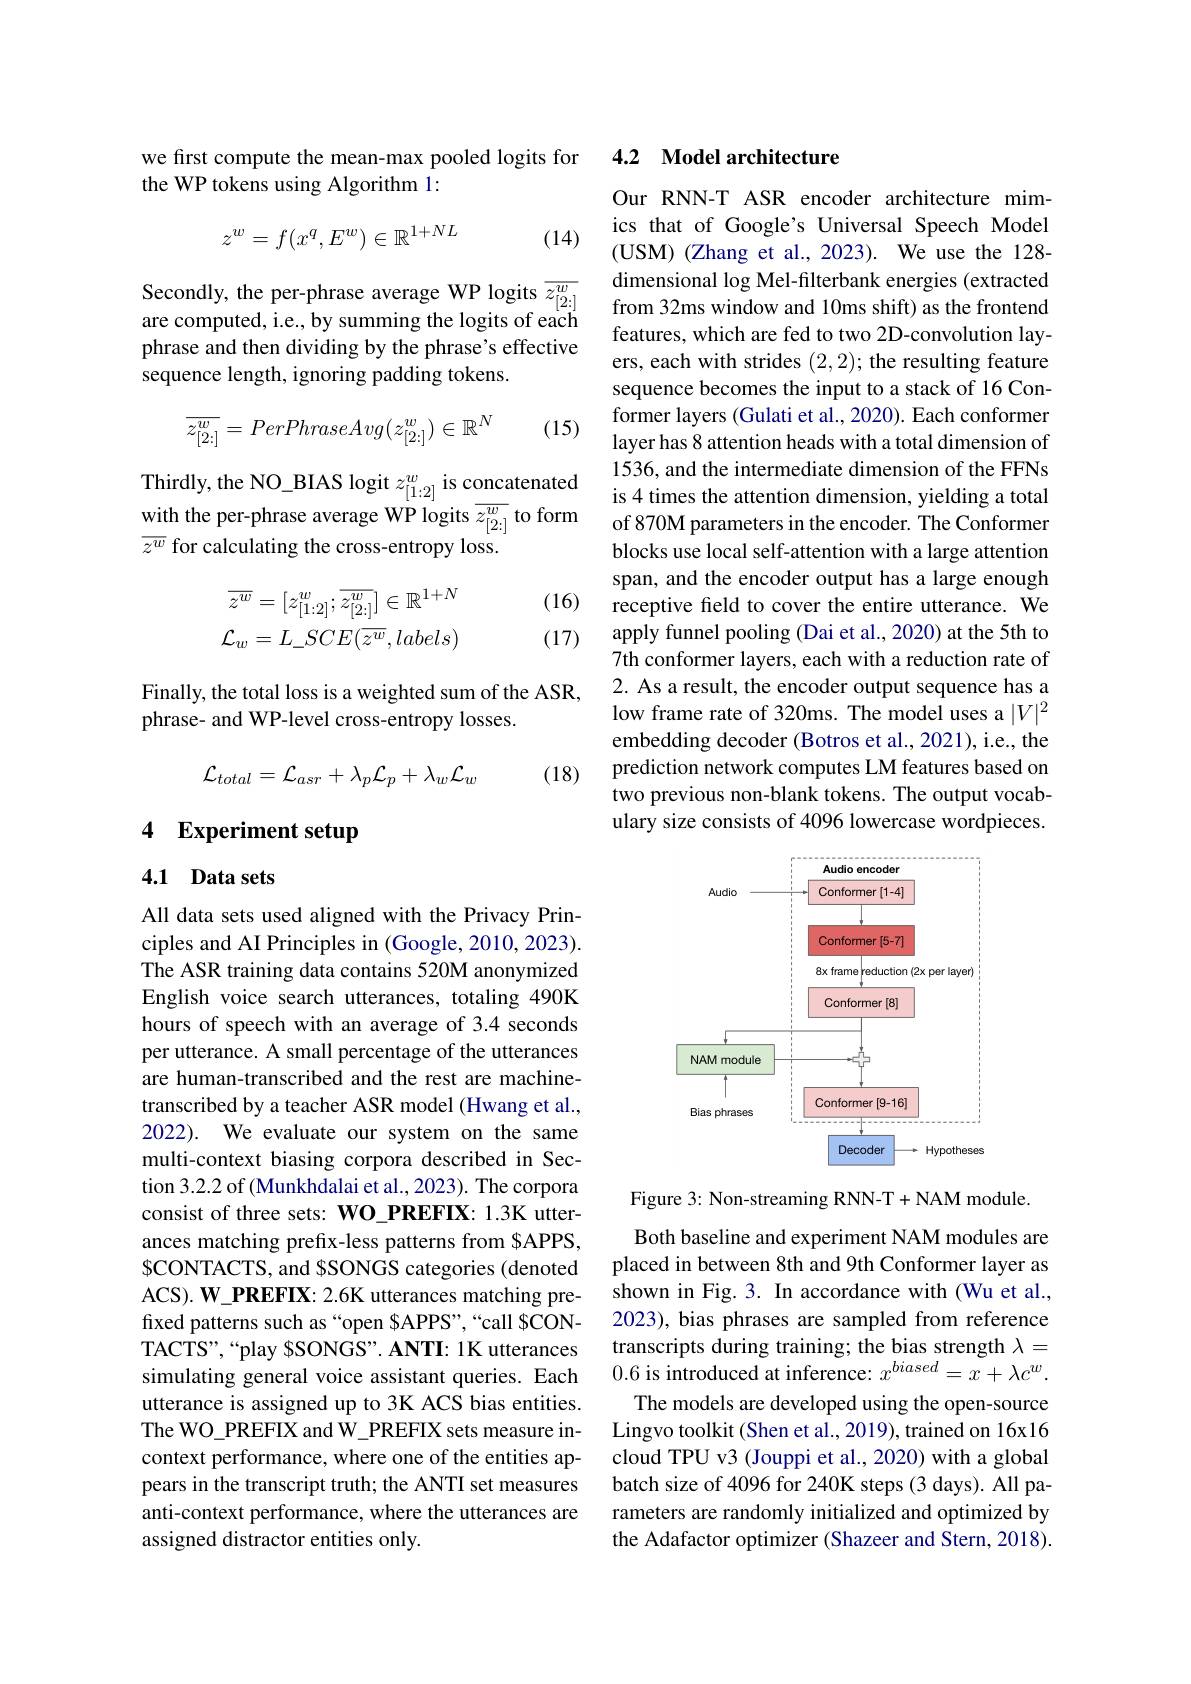
we first compute the mean-max pooled logits for
the WP tokens using Algorithm 1:
$$z^w=f(x^q,E^w)\in\mathbb{R}^{1+NL}$$
(14)

Secondly, the per-phrase average WP logits $\overline{z_{[2:]}^w}$ are computed, i.e., by summing the logits of each phrase and then dividing by the phrase's effective sequence length, ignoring padding tokens.
$$\overline{z_{[2:]}^w}=PerPhraseAvg(z_{[2:]}^w)\in\mathbb{R}^N$$
(15)

Thirdly, the NO\_BIAS logit $z_[1:2]^w$ is concatenated with the per-phrase average WP logits $\overline z_{[2:]}^w$ to form $\overline{z^w}$ for calculating the cross-entropy loss.

(16)
$$\begin{aligned}\overline{z^w}&=[z_{[1:2]}^w;\overline{z_{[2:]}^w}]\in\mathbb{R}^{1+N}\\\mathcal{L}_w&=L_SCE(\overline{z^w},labels)\end{aligned}$$
(17)

Finally, the total loss is a weighted sum of the ASR,
phrase- and WP-level cross-entropy losses.

(18)
$$\mathcal{L}_{total}=\mathcal{L}_{asr}+\lambda_{p}\mathcal{L}_{p}+\lambda_{w}\mathcal{L}_{w}$$
# 4 Experiment setup

## 4.1 Data sets

All data sets used aligned with the Privacy Principles and AI Principles in (Google, 2010, 2023). The ASR training data contains 520M anonymized English voice search utterances, totaling 490K hours of speech with an average of 3.4 seconds per utterance. A small percentage of the utterances are human-transcribed and the rest are machinetranscribed by a teacher ASR model (Hwang et al., 2022). We evaluate our system on the same multi-context biasing corpora described in Section 3.2.2 of (Munkhdalai et al., 2023). The corpora consist of three sets: WO\_PREFIX: 1.3K utterances matching prefix-less patterns from $APPS, $\$$CONTACTS, and $SONGS categories(denoted ACS). W\_PREFIX: 2.6K utterances matching prefixed patterns such as “open $APPS”,“call $CONTACTS",“play $SONGS”. ANTI: 1K utterances simulating general voice assistant queries. Each utterance is assigned up to 3K ACS bias entities. The WO\_PREFIX and W\_PREFIX sets measure incontext performance, where one of the entities appears in the transcript truth; the ANTI set measures anti-context performance, where the utterances are assigned distractor entities only.

## 4.2 Model architecture

Our RNN-T ASR encoder architecture mimics that of Google's Universal Speech Model (USM) (Zhang et al., 2023). We use the 128- dimensional log Mel-filterbank energies (extracted from 32ms window and 10ms shift) as the frontend features, which are fed to two 2D-convolution layers, each with strides (2,2); the resulting feature sequence becomes the input to a stack of 16 Conformer layers (Gulati et al., 2020). Each conformer layer has 8 attention heads with a total dimension of 1536, and the intermediate dimension of the FFNs is 4 times the attention dimension, yielding a total of 870M parameters in the encoder. The Conformer blocks use local self-attention with a large attention span, and the encoder output has a large enough receptive feld to cover the entire utterance. We apply funnel pooling (Dai et al., 2020) at the 5th to 7th conformer layers, each with a reduction rate of 2. As a result, the encoder output sequence has a low frame rate of 320ms. The model uses a $|V|^2$ embedding decoder (Botros et al., 2021), i.e., the prediction network computes LM features based on two previous non-blank tokens. The output vocabulary size consists of 4096 lowercase wordpieces.

<FigureHere>

Figure 3: Non-streaming RNN-T+NAM module.

Both baseline and experiment NAM modules are placed in between 8th and 9th Conformer layer as shown in Fig. 3. In accordance with (Wu et al., 2023), bias phrases are sampled from reference transcripts during training; the bias strength $\lambda=$ 0.6 is introduced at inference: $x^biased=x+\lambda c^w.$
The models are developed using the open-source Lingvo toolkit (Shen et al., 2019), trained on 16x16 cloud TPU v3 (Jouppi et al., 2020) with a global batch size of 4096 for 240K steps (3 days). All parameters are randomly initialized and optimized by the Adafactor optimizer (Shazeer and Stern, 2018).